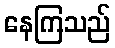
နေကြသည်